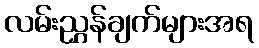
လမ်းညွှန်ချက်များအရ